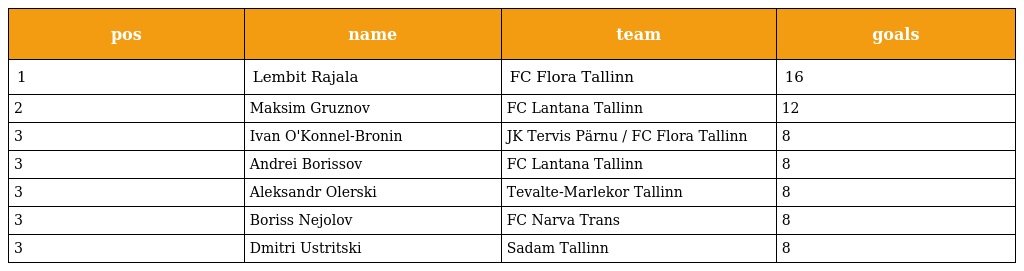
| pos | name | team | goals |
 | --- | --- | --- | --- |
 | 1 | Lembit Rajala | FC Flora Tallinn | 16 |
 | 2 | Maksim Gruznov | FC Lantana Tallinn | 12 |
 | 3 | Ivan O'Konnel-Bronin | JK Tervis Pärnu / FC Flora Tallinn | 8 |
 | 3 | Andrei Borissov | FC Lantana Tallinn | 8 |
 | 3 | Aleksandr Olerski | Tevalte-Marlekor Tallinn | 8 |
 | 3 | Boriss Nejolov | FC Narva Trans | 8 |
 | 3 | Dmitri Ustritski | Sadam Tallinn | 8 |